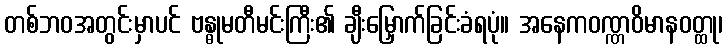
တစ်ဘဝအတွင်းမှာပင် ဗန္ဓုမတီမင်းကြီး၏ ချီးမြှောက်ခြင်းခံရပုံ။ အနေကဝဏ္ဏဝိမာနဝတ္ထု၊